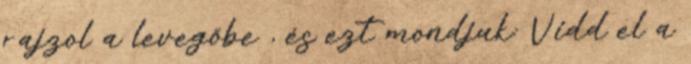
rajzol a levegőbe , és ezt mondjuk: Vidd el a